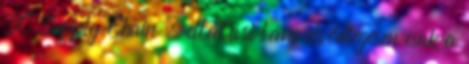
SC Supply Chain – ellátási lánc elsődlegesen csak a